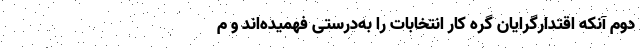
دوم آنکه اقتدارگرایان گره کار انتخابات را به‌درستی فهمیده‌اند و م